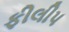
ફીલીપ